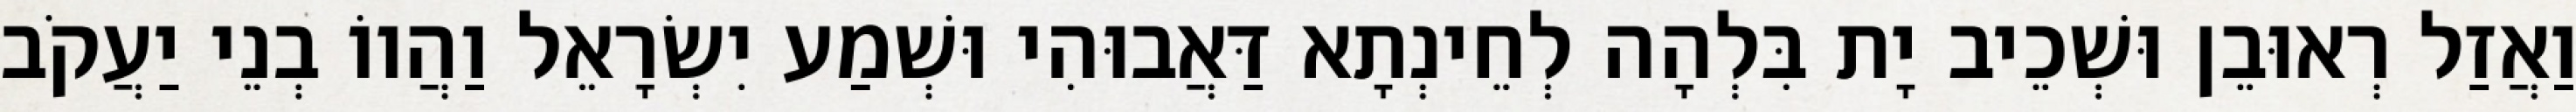
וַאֲזַל רְאוּבֵן וּשְׁכֵיב יָת בִּלְהָה לְחֵינְתָא דַּאֲבוּהִי וּשְׁמַע יִשְׂרָאֵל וַהֲווֹ בְנֵי יַעֲקֹב